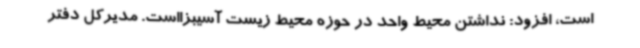
است، افزود: نداشتن محیط واحد در حوزه محیط زیست آسیبزااست. مدیرکل دفتر